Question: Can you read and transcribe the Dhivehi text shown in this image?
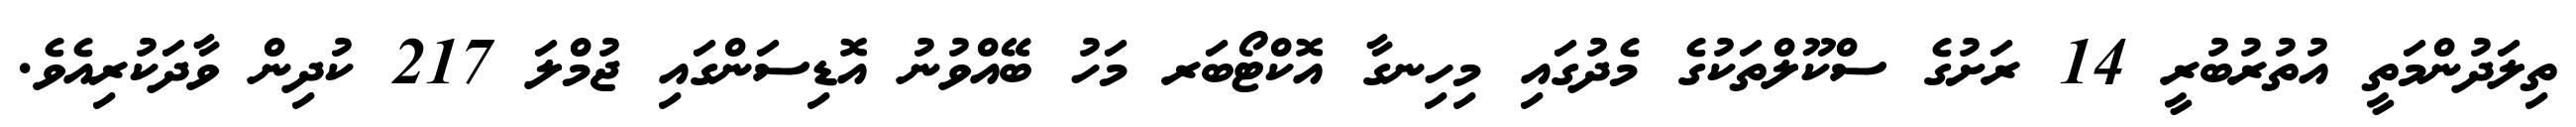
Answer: ތިލަދުންމަތީ އުތުރުބުރީ 14 ރަށުގެ ސްކޫލްތަކުގެ މެދުގައި މިހިނގާ އޮކްޓޯބަރ މަހު ބޭއްވުނު އޮޑިސަންގައި ޖުމްލަ 217 ކުދިން ވާދަކުރިއެވެ.